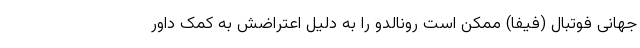
جهانی فوتبال (فیفا) ممکن است رونالدو را به دلیل اعتراضش به کمک داور